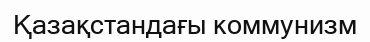
Қазақстандағы коммунизм